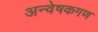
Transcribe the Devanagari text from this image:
अन्वेषकगण